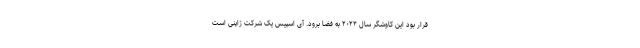
قرار بود این کاوشگر سال ۲۰۲۴ به فضا برود. آی اسپیس یک شرکت ژاپنی است